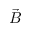
\Vec { B } -